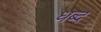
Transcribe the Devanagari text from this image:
धब्द